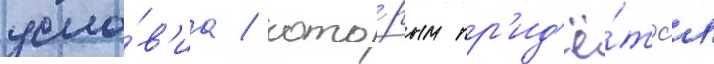
усло́в'иа / кото́рым пр'ид'ё́тс'я